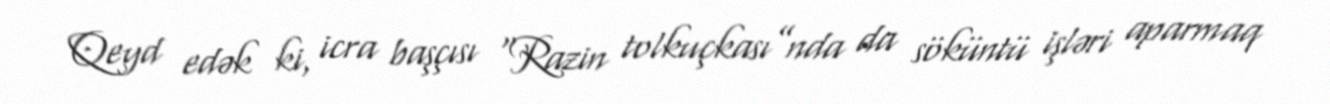
Qeyd edək ki, icra başçısı “Razin tolkuçkası”nda da söküntü işləri aparmaq